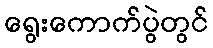
ရွေးကောက်ပွဲတွင်